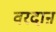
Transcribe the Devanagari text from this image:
वरदाऩ